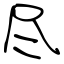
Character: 尽